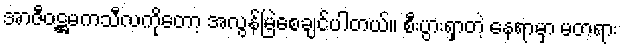
အာဇီဝဋ္ဌမကသီလကိုတော့ အလွန်မြဲစေချင်ပါတယ်။ စီးပွားရှာတဲ့ နေရာမှာ မတရား